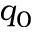
q _ { 0 }